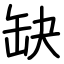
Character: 缺